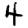
Digit: 4